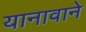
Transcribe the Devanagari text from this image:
यानावाने